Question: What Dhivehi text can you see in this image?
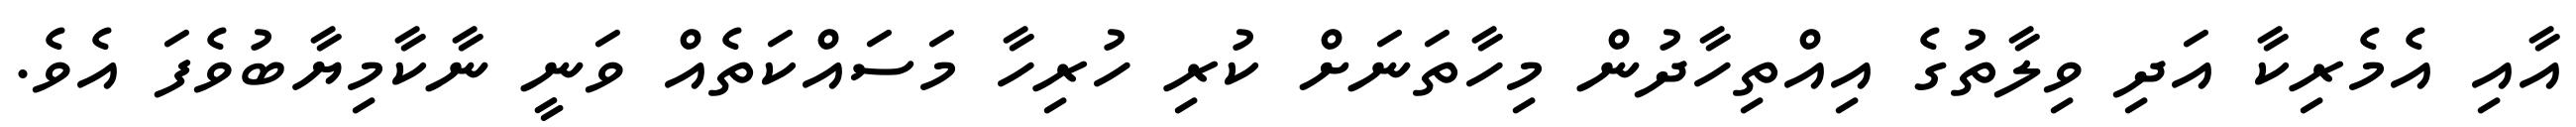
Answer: އާއި އެމެރިކާ އަދި ވިލާތުގެ އިއްތިހާދުން މިހާތަނަށް ކުރި ހުރިހާ މަސައްކަތެއް ވަނީ ނާކާމިޔާބުވެފަ އެވެ.